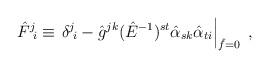
LaTeX: \begin{align*}\hat{F}^{j}\!_{i}\equiv\left.\delta^{j}\!_{i}-\hat{g}^{jk}(\hat{E}^{-1})^{st}\hat{\alpha}_{sk}\hat{\alpha}_{ti}\right|_{\hat{f}=0}\; ,\end{align*}